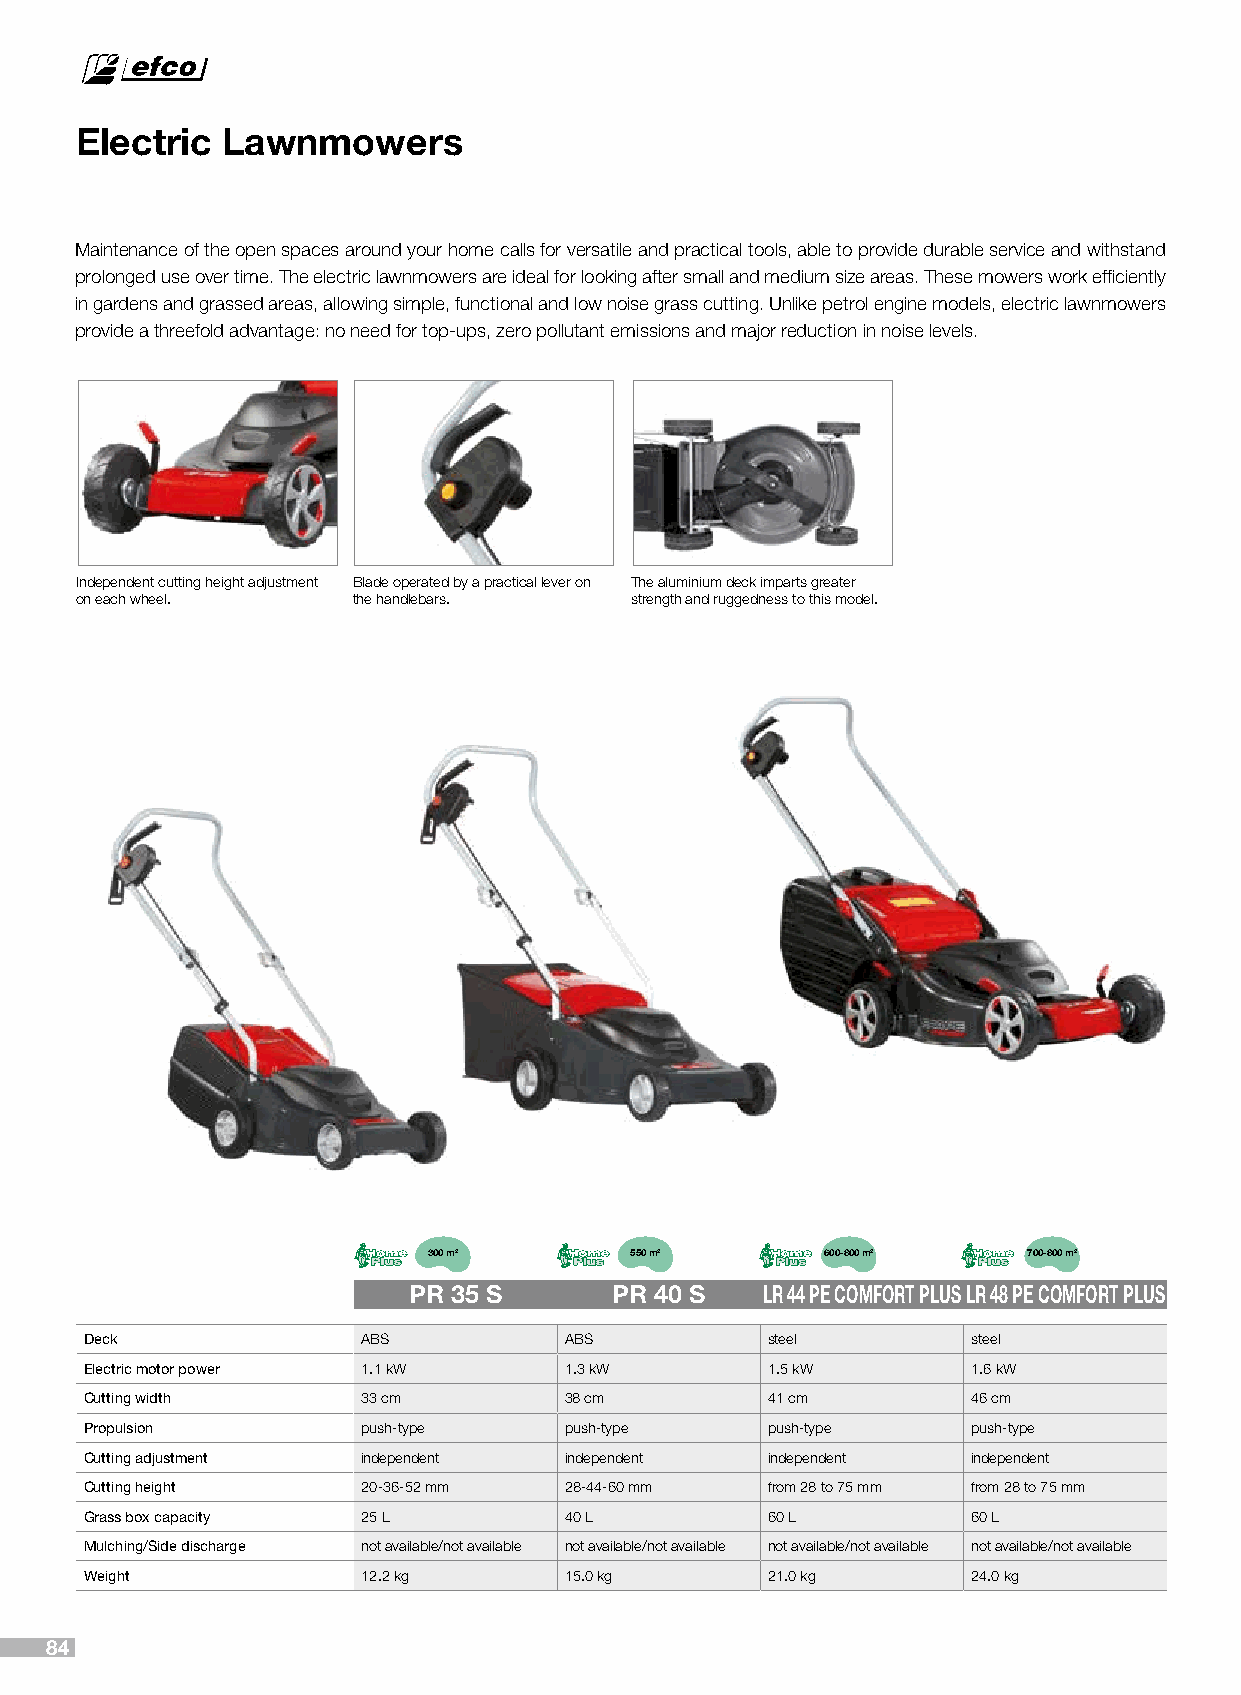
Electric  Lawnmowers
 Maintenance of the open spaces around your home calls for versatile and practical tools, able to provide durable service and withstand
 prolonged use over time. The electric lawnmowers are ideal for looking after small and medium size areas. These mowers work efficiently
 in gardens and grassed areas, allowing simple, functional and low noise grass cutting. Unlike petrol engine models, electric lawnmowers
 provide a threefold advantage: no need for top-ups, zero pollutant emissions and major reduction in noise levels.
 Independent cutting height adjustment Blade operated by a practical lever on The aluminium deck imparts greater
 on each wheel.    the handlebars.    strength and ruggedness to this model.
 300 m2        550 m2       600-800 m2   700-800 m2
 PR 35 S       PR 40 S  LR 44 PE COMFORT PLUSLR 48 PE COMFORT PLUS
 Deck              ABS          ABS           steel        steel
 Electric motor power 1.1 kW    1.3 kW        1.5 kW       1.6 kW
 Cutting width     33 cm        38 cm         41 cm        46 cm
 Propulsion        push-type    push-type     push-type    push-type
 Cutting adjustment independent independent   independent  independent
 Cutting height    20-36-52 mm  28-44-60 mm   from 28 to 75 mm from 28 to 75 mm
 Grass box capacity 25 L        40 L          60 L         60 L
 Mulching/Side discharge not available/not available not available/not available not available/not available not available/not available
 Weight            12.2 kg      15.0 kg       21.0 kg      24.0 kg
 84